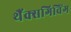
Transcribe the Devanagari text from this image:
थैंक्‍सगिविंग